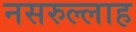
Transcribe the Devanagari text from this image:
नसरुल्लाह